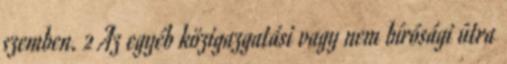
szemben. 2 Az egyéb közigazgatási vagy nem bírósági útra